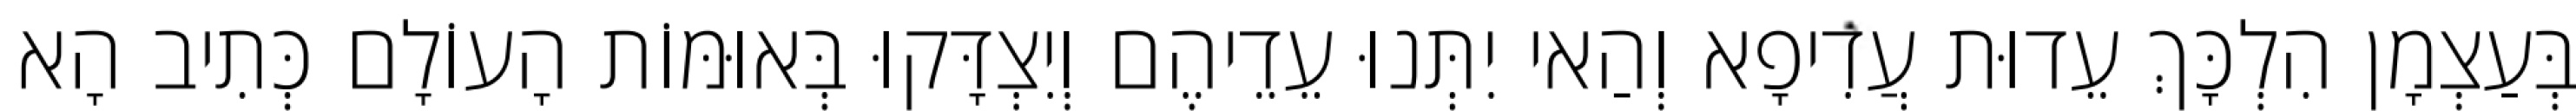
בְּעַצְמָן הִלְכָּךְ עֵדוּת עֲדִיפָא וְהַאי יִתְּנוּ עֵדֵיהֶם וְיִצְדָּקוּ בְּאוּמּוֹת הָעוֹלָם כְּתִיב הָא